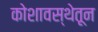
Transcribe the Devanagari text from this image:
कोशावस्थेतून